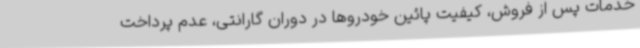
خدمات پس از فروش، کیفیت پائین خودروها در دوران گارانتی، عدم پرداخت